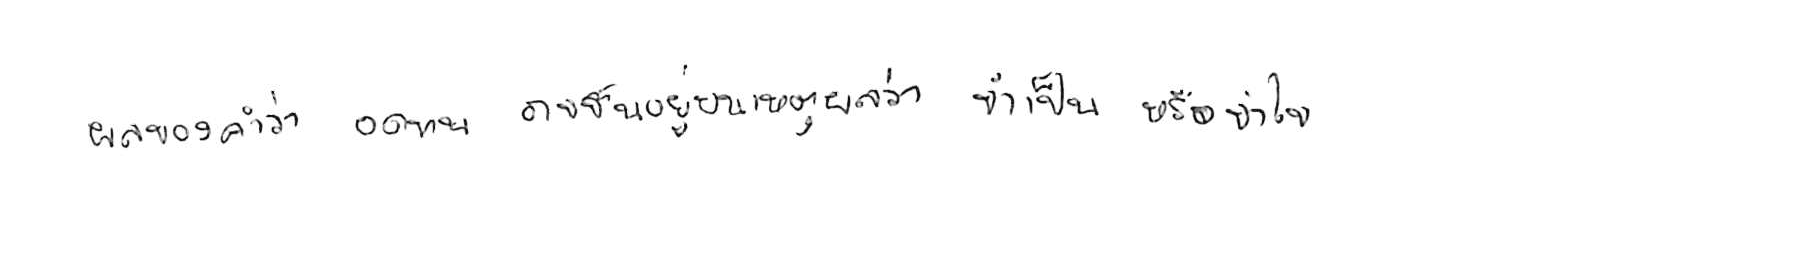
ผลของคำว่า อดทน อาจขึ้นอยู่บนเหตุผลว่า จำเป็น หรือ จำใจ